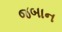
જબાન